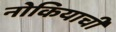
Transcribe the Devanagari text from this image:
नोकियाची